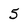
Character: 5